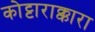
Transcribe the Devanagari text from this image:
कोट्टाराक्कारा